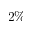
2 \%